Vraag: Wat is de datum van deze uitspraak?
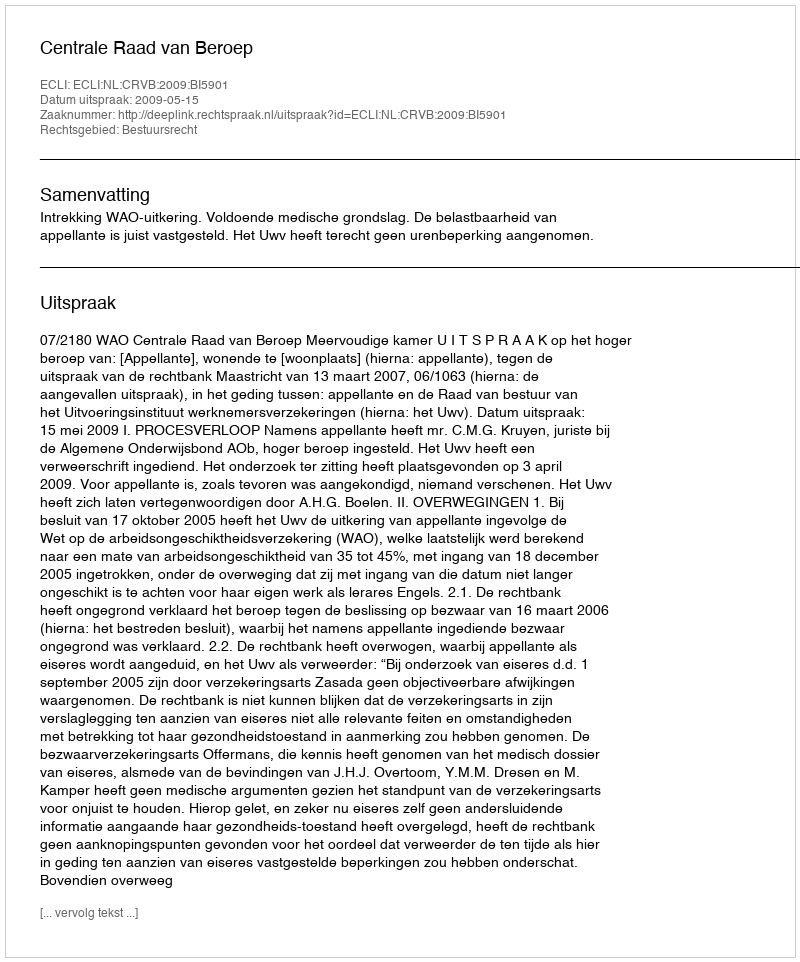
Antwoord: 2009-05-15